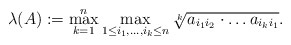
\begin{align*}\lambda(A):=\max_{k=1}^n\max_{1\leq i_1,\ldots,i_k\leq n} \sqrt[k]{a_{i_1i_2}\cdot\ldots a_{i_ki_1}}.\end{align*}